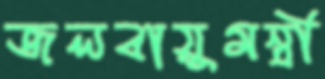
জলবায়ুমন্ত্রী